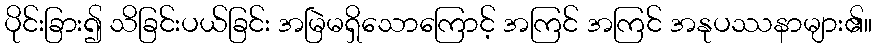
ပိုင်းခြား၍ သိခြင်းပယ်ခြင်း အမြဲမရှိသောကြောင့် အကြင် အကြင် အနုပဿနာများ၏။